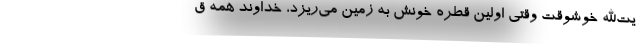
یت‌الله خوشوقت وقتی اولین قطره خونش به زمین می‌ریزد، خداوند همه ق